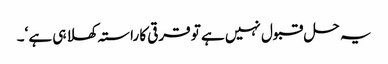
یہ حل قبول نہیں ہے تو قرقی کا راستہ کھلا ہی ہے ‘۔